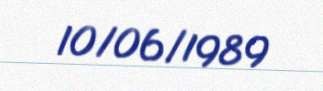
10/06/1989